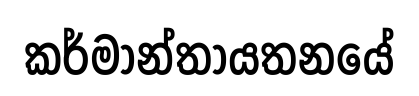
කර්මාන්තායතනයේ